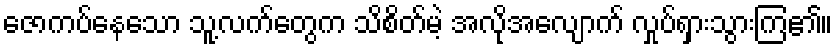
ဇောကပ်နေသော သူ့လက်တွေက သိစိတ်မဲ့ အလိုအလျောက် လှုပ်ရှားသွားကြ၏။